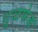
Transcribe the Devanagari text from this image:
धूळफेक